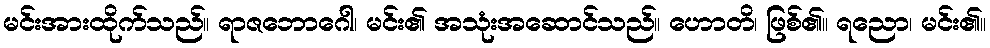
မင်းအားထိုက်သည်။ ရာဇဘောဂေါ၊ မင်း၏ အသုံးအဆောင်သည်။ ဟောတိ၊ ဖြစ်၏။ ရညော၊ မင်း၏။